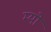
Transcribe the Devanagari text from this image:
म्‍यो